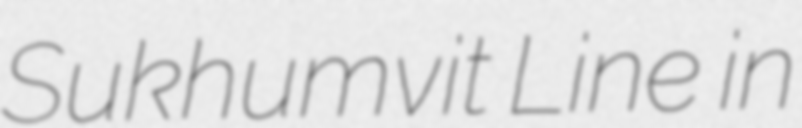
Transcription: Sukhumvit Line in